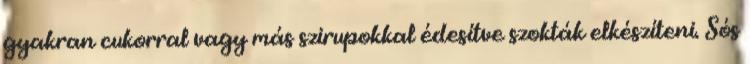
gyakran cukorral vagy más szirupokkal édesítve szokták elkészíteni. Sós